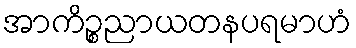
အာကိဉ္စညာယတနပရမာဟံ